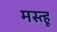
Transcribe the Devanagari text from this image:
मस्त्हू